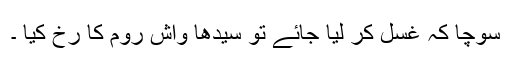
سوچا کہ غسل کر لیا جائے تو سیدھا واش روم کا رخ کیا ۔